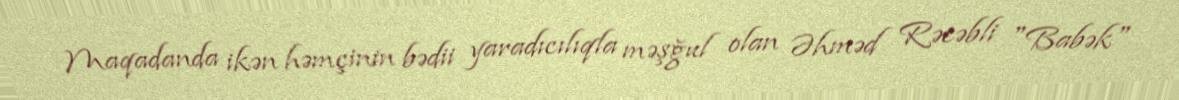
Maqadanda ikən həmçinin bədii yaradıcılıqla məşğul olan Əhməd Rəcəbli "Babək"